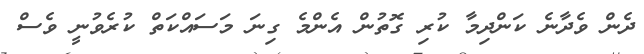
ދެން ވެދާނެ ކަންދިމާ ކުރި ގޮތުން އެންމެ ގިނަ މަސައްކަތް ކުރެވުނީ ވެސް